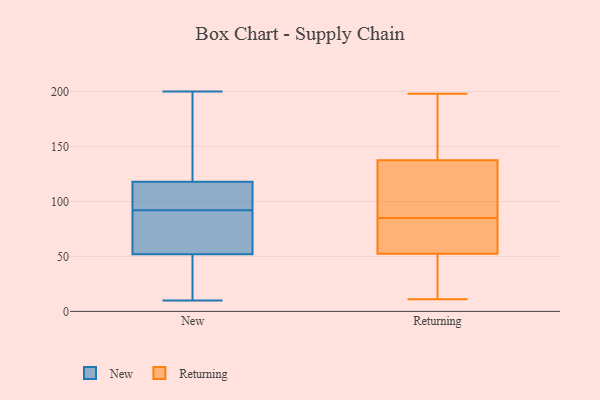
{"axis": {"x": "Active Users", "y": "Value"}, "legend": ["New", "Returning"], "data": [{"x": "", "y": 200, "type": "New"}, {"x": "", "y": 152, "type": "New"}, {"x": "", "y": 118, "type": "New"}, {"x": "", "y": 98, "type": "New"}, {"x": "", "y": 198, "type": "New"}, {"x": "", "y": 106, "type": "New"}, {"x": "", "y": 113, "type": "New"}, {"x": "", "y": 20, "type": "New"}, {"x": "", "y": 52, "type": "New"}, {"x": "", "y": 47, "type": "New"}, {"x": "", "y": 75, "type": "New"}, {"x": "", "y": 86, "type": "New"}, {"x": "", "y": 84, "type": "New"}, {"x": "", "y": 10, "type": "New"}, {"x": "", "y": 158, "type": "Returning"}, {"x": "", "y": 198, "type": "Returning"}, {"x": "", "y": 190, "type": "Returning"}, {"x": "", "y": 133, "type": "Returning"}, {"x": "", "y": 142, "type": "Returning"}, {"x": "", "y": 29, "type": "Returning"}, {"x": "", "y": 85, "type": "Returning"}, {"x": "", "y": 55, "type": "Returning"}, {"x": "", "y": 106, "type": "Returning"}, {"x": "", "y": 55, "type": "Returning"}, {"x": "", "y": 131, "type": "Returning"}, {"x": "", "y": 50, "type": "Returning"}, {"x": "", "y": 24, "type": "Returning"}, {"x": "", "y": 85, "type": "Returning"}, {"x": "", "y": 69, "type": "Returning"}, {"x": "", "y": 11, "type": "Returning"}]}